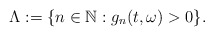
\begin{align*}\Lambda := \{ n\in\mathbb{N}: g_n(t,\omega)> 0\} .\end{align*}